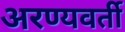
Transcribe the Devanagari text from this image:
अरण्यवर्ती